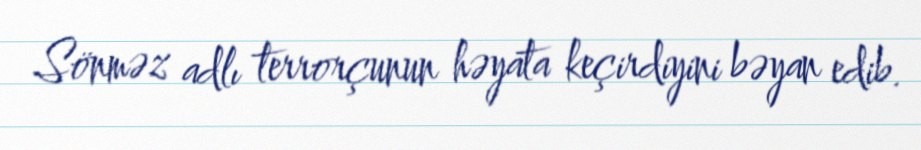
Sönməz adlı terrorçunun həyata keçirdiyini bəyan edib.